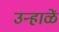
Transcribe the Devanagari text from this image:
उन्हाळें